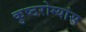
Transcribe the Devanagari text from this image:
कुष्ठरोग्यांस